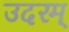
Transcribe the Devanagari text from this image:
उदरम्